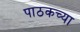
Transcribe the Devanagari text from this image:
पाठकच्या